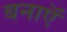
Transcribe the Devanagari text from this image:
बनाऍ